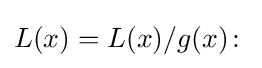
L(x)=L(x)/g(x)\colon